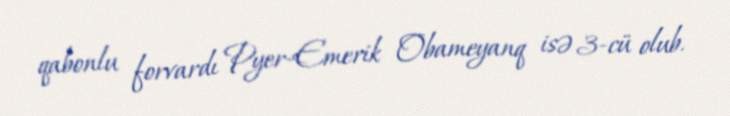
qabonlu forvardı Pyer-Emerik Obameyanq isə 3-cü olub.